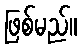
ဖြစ်မည်။